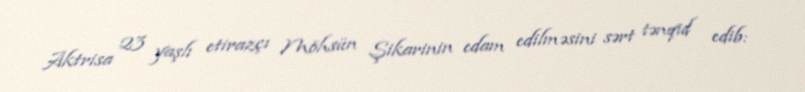
Aktrisa 23 yaşlı etirazçı Möhsün Şikarinin edam edilməsini sərt tənqid edib: